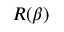
R ( \beta )